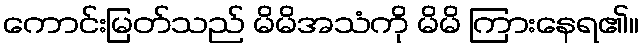
ကောင်းမြတ်သည် မိမိအသံကို မိမိ ကြားနေရ၏။